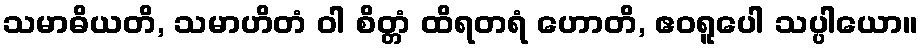
သမာဓိယတိ, သမာဟိတံ ဝါ စိတ္တံ ထိရတရံ ဟောတိ, ဧဝရူပေါ သပ္ပါယော။